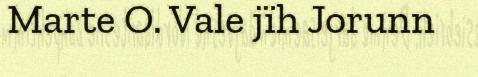
Marte O. Vale jïh Jorunn